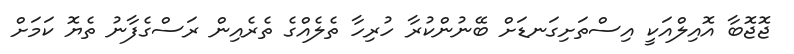
ޖޮޖޮބާ އޮއިލްއަކީ އިސްތަށިގަނޑަށް ބޭނުންކުރާ ހުރިހާ ތެލެއްގެ ތެރެއިން ރަސްގެފާނު ތެޔޮ ކަމަށް